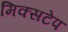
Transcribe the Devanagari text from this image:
मिक्सटेप